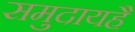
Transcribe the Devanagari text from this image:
समुदायहै